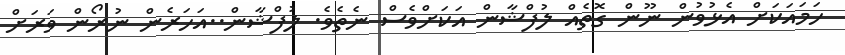
ހަމައަކަށް އެޅުވުން ނޫން ގޮތެއް ލުފްޝާން އަކަށްވެސް ނެތެވެ. ލުފްޝާން..އަހަރެން ނުރޯން ވަރަށް